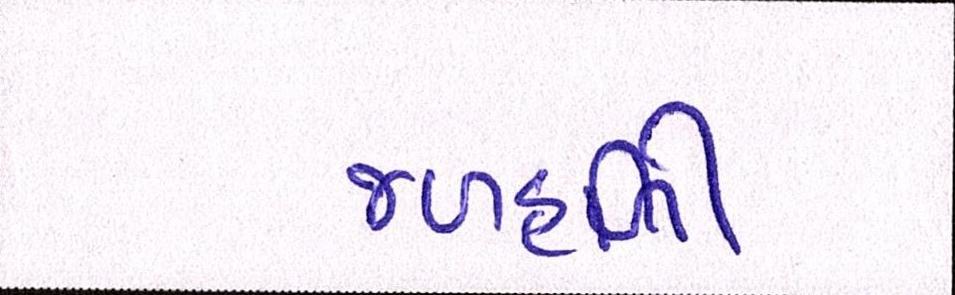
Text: જળહળી